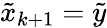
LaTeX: \tilde{x}_{k+1}=\tilde{y}